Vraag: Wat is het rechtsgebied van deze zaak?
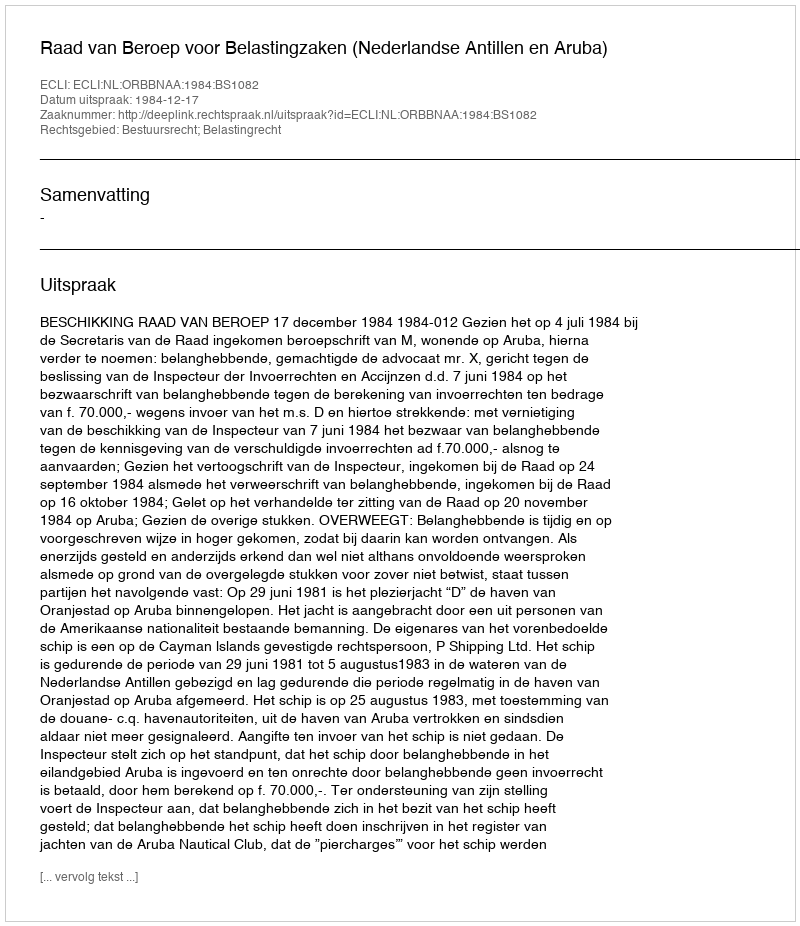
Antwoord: Bestuursrecht; Belastingrecht